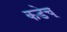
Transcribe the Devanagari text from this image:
कडेच्